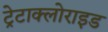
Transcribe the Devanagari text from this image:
ट्रेटाक्लोराइड